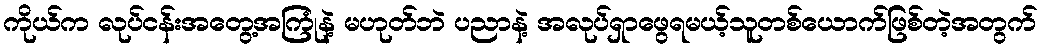
ကိုယ်က လုပ်ငန်းအတွေ့အကြုံနဲ့ မဟုတ်ဘဲ ပညာနဲ့ အလုပ်ရှာဖွေရမယ့်သူတစ်ယောက်ဖြစ်တဲ့အတွက်